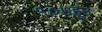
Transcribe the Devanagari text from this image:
१०७हून